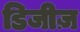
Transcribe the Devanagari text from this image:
डिजीज़